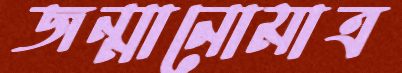
জন্মানোমাত্র